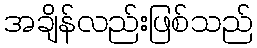
အချိန်လည်းဖြစ်သည်